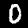
Digit: 0